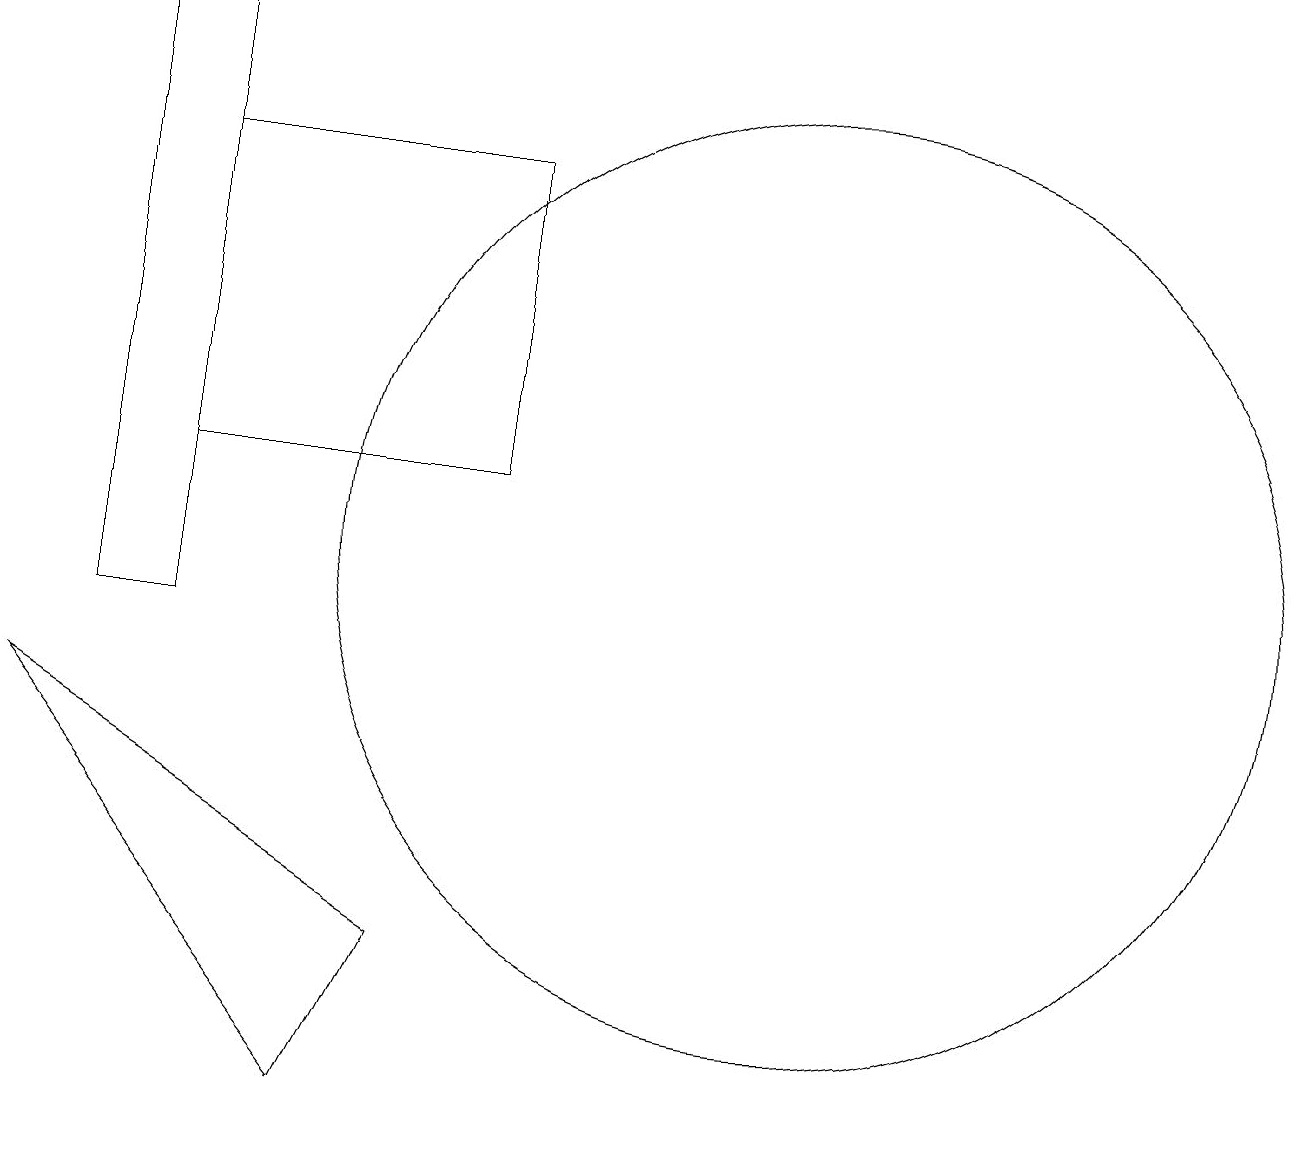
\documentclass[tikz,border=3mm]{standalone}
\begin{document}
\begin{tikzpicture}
\draw (2,18) rectangle (1,10);
\draw (2,12) rectangle (6,16);
\draw (4,4) -- (0,9) -- (5,6) -- cycle;
\draw (10,11) circle (6);
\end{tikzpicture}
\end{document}